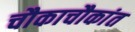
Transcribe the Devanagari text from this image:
चौकाचौकांत